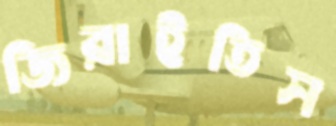
জিরাইতিস